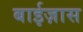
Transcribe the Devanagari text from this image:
बाईज़ास